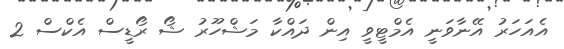
އެއަހަރު އޭނާވަނީ އެމްޓީވީ އިން ދައްކާ މަޝްހޫރު ޝޯ ރޯޑީސް އެކްސް 2